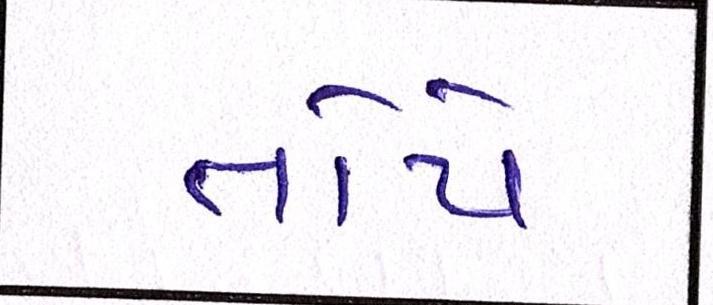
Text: તોયે